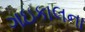
ગઇકાલના